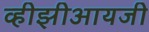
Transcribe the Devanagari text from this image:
व्हीझीआयजी